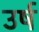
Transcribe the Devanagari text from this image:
उर्ष